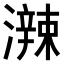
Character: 𤁕